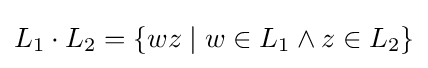
L_{1}\cdot L_{2}=\{wz\mid w\in L_{1}\land z\in L_{2}\}